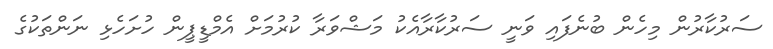
ސަރުކާރުން މިހެން ބުނެފައި ވަނީ ސަރުކާރާއެކު މަޝްވަރާ ކުރުމަށް އެމްޑީޕީން ހުށަހެޅި ނަންތަކުގެ